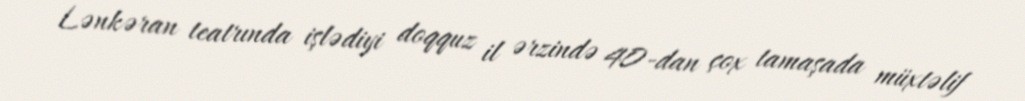
Lənkəran teatrında işlədiyi doqquz il ərzində 40-dan çox tamaşada müxtəlif